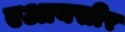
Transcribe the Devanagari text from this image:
एआयसीर